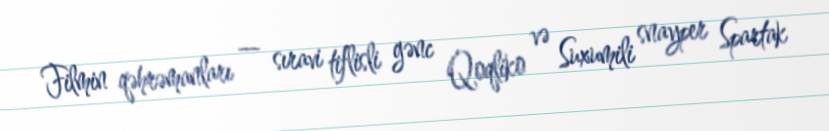
Filmin qəhrəmanları — sıravi tiflisli gənc Qoqliko və Suxumili snayper Spartak